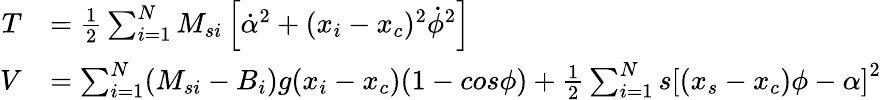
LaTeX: \begin{array}{rl}{T}&{=\frac{1}{2}\sum_{i=1}^{N}M_{si}\left[\dot{\alpha}^{2}+(x_{i}-x_{c})^{2}\dot{\phi}^{2}\right]}\\ {V}&{=\sum_{i=1}^{N}(M_{si}-B_{i})g(x_{i}-x_{c})(1-cos\phi)+\frac{1}{2}\sum_{i=1}^{N}s\left[(x_{s}-x_{c})\phi-\alpha\right]^{2}}\end{array}